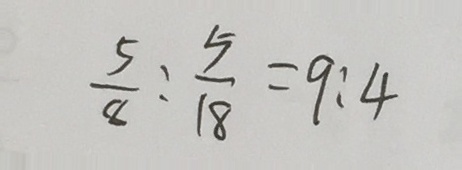
\frac { 5 } { 8 } : \frac { 5 } { 1 8 } = 9 : 4